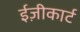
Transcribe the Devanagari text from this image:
ईज़ीकार्ट